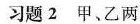
习题2 甲乙两